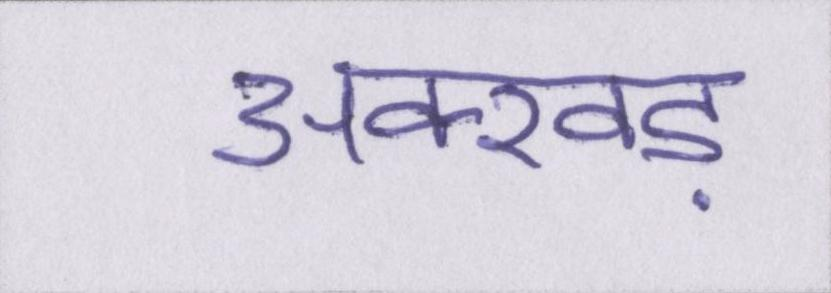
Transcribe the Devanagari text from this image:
अक्खड़